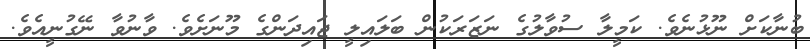
ބުނާކަށް ނޫޅުނެވެ. ކަމީލާ ސުވާލުގެ ނަޒަރަކުން ބަލައިލީ ޖައިދަންގެ މޫނަށެވެ. ވާނުވާ ނޭގުނީއެވެ.